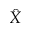
\hat { X }